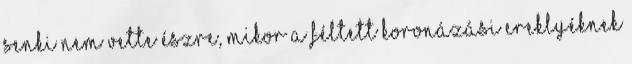
SENKI NEM VETTE ÉSZRE, MIKOR A FÉLTETT KORONÁZÁSI EREKLYÉKNEK